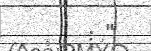
: "